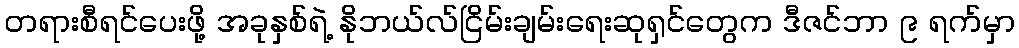
တရားစီရင်ပေးဖို့ အခုနှစ်ရဲ့ နိုဘယ်လ်ငြိမ်းချမ်းရေးဆုရှင်တွေက ဒီဇင်ဘာ ၉ ရက်မှာ